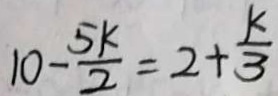
1 0 - \frac { 5 k } { 2 } = 2 + \frac { k } { 3 }